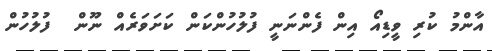
އާންމު ކުރި ވީޑިއޯ އިން ފެންނަނީ ފުލުހުންކަން ކަށަވަރެއް ނޫން  ފުލުހުން